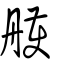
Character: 雘